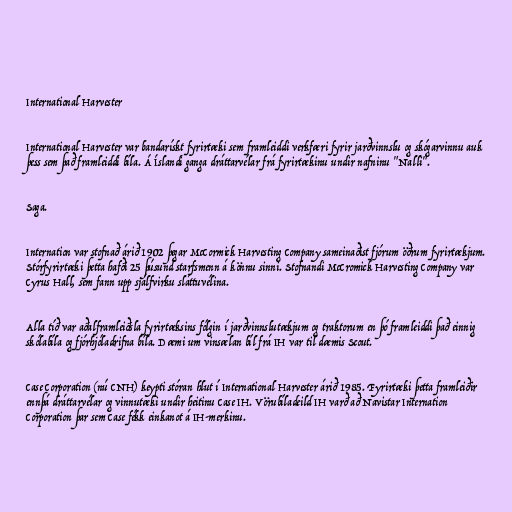
International Harvester

International Harvester var bandarískt fyrirtæki sem framleiddi verkfæri fyrir jarðvinnslu og skógarvinnu auk
þess sem það framleiddi bíla. Á Íslandi ganga dráttarvélar frá fyrirtækinu undir nafninu "Nalli".

Saga.

Internation var stofnað árið 1902 þegar McCormick Harvesting Company sameinaðist fjórum öðrum fyrirtækjum.
Stórfyrirtæki þetta hafði 25 þúsund starfsmenn á könnu sinni. Stofnandi McCromick Harvesting Company var
Cyrus Hall, sem fann upp sjálfvirku sláttuvélina.

Alla tíð var aðalframleiðsla fyrirtæksins fólgin í jarðvinnslutækjum og traktorum en þó framleiddi það einnig
skólabíla og fjórhjóladrifna bíla. Dæmi um vinsælan bíl frá IH var til dæmis Scout.

Case Corporation (nú CNH) keypti stóran hlut í International Harvester árið 1985. Fyrirtæki þetta framleiðir
ennþá dráttarvélar og vinnutæki undir heitinu Case IH. Vörubíladeild IH varð að Navistar Internation
Corporation þar sem Case fékk einkanot á IH-merkinu.